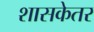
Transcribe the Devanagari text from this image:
शासकेतर